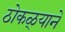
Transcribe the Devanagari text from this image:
ठोकळ्याने